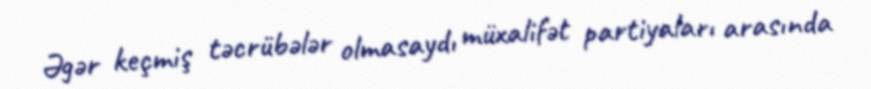
Əgər keçmiş təcrübələr olmasaydı müxalifət partiyaları arasında